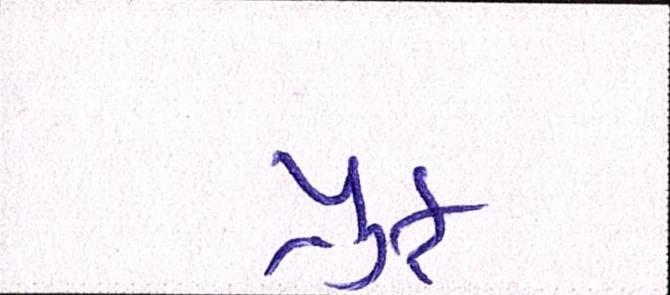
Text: પ્રુફ